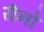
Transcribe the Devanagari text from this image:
रीनो